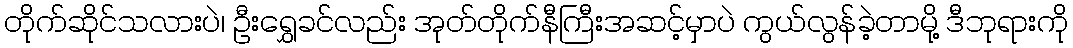
တိုက်ဆိုင်သလားပဲ၊ ဦးရွှေခင်လည်း အုတ်တိုက်နီကြီးအဆင့်မှာပဲ ကွယ်လွန်ခဲ့တာမို့ ဒီဘုရားကို